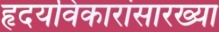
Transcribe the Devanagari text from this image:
हृदयविकारांसारख्या